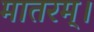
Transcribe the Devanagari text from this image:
मातरम्‌।